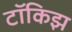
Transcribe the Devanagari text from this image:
टॉकिझ